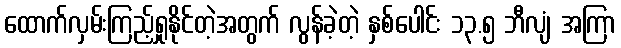
ထောက်လှမ်းကြည့်ရှုနိုင်တဲ့အတွက် လွန်ခဲ့တဲ့ နှစ်ပေါင်း ၁၃.၅ ဘီလျံ အကြာ